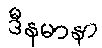
ဒီနမာနာ